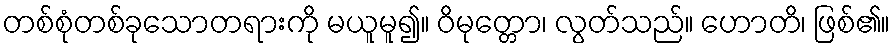
တစ်စုံတစ်ခုသောတရားကို မယူမူ၍။ ဝိမုတ္တော၊ လွတ်သည်။ ဟောတိ၊ ဖြစ်၏။